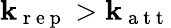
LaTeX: \mathbf{k}_{\mathrm{{~r~e~p~}}}>\mathbf{k}_{\mathrm{{~a~t~t~}}}